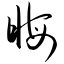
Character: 晦